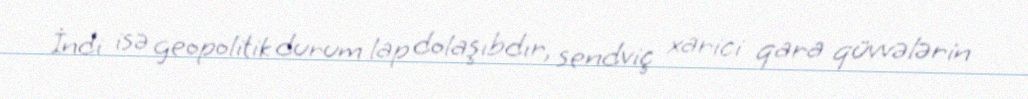
İndi isə geopolitik durum lap dolaşıbdır, sendviç xarici qara qüvvələrin